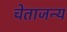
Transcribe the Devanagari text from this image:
चेताजन्य